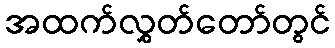
အထက်လွှတ်တော်တွင်